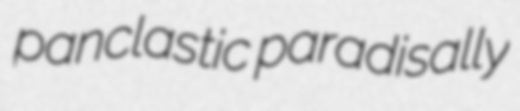
panclastic paradisally